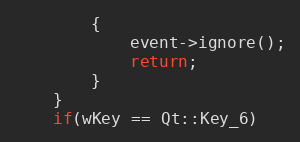
Language: C++
        {
            event->ignore();
            return;
        }
    }
    if(wKey == Qt::Key_6)